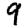
Digit: 9